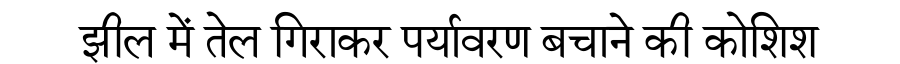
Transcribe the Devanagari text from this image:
झील में तेल गिराकर पर्यावरण बचाने की कोशिश